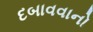
દબાવવાનો